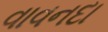
વાવનદા